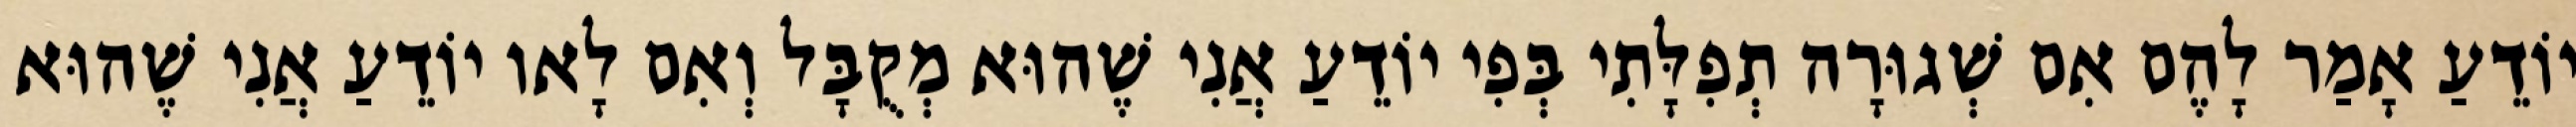
יוֹדֵעַ אָמַר לָהֶם אִם שְׁגוּרָה תְפִלָּתִי בְּפִי יוֹדֵעַ אֲנִי שֶׁהוּא מְקֻבָּל וְאִם לָאו יוֹדֵעַ אֲנִי שֶׁהוּא